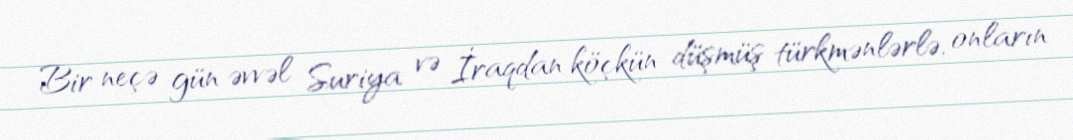
Bir neçə gün əvvəl Suriya və İraqdan köçkün düşmüş türkmənlərlə, onların